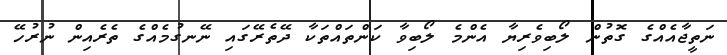
ނަތީޖާއެއްގެ ގޮތުން ލޯބިވެރިޔާ އެންމެ ލޯބިވާ ކަންތައްތަކާ ދޭތެރޭގައި ނޭނގުމެއްގެ ތެރެއިން ނުރުހޭ